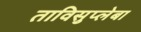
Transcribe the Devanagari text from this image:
ताविसुप्लेबा